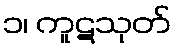
၁၊ ကူဋသုတ်